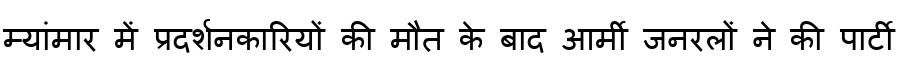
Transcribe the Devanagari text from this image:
म्यांमार में प्रदर्शनकारियों की मौत के बाद आर्मी जनरलों ने की पार्टी